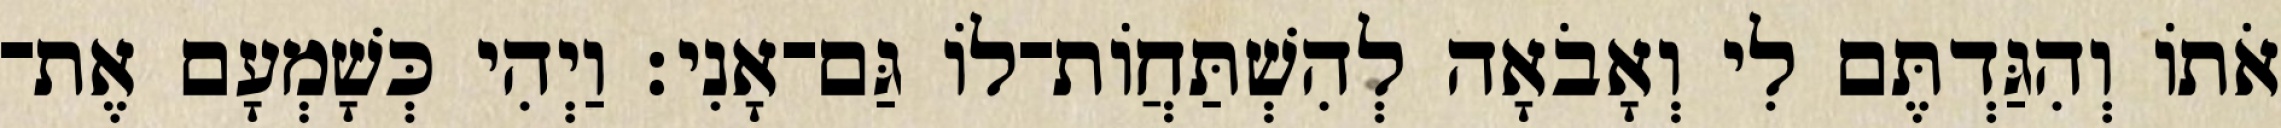
אֹתוֹ וְהִגַּדְתֶּם לִי וְאָבֹאָה לְהִשְׁתַּחֲוֹת־לוֹ גַּם־אָנִי׃ וַיְהִי כְּשָׁמְעָם אֶת־